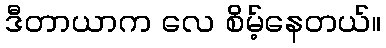
ဒီတာယာက လေ စိမ့်နေတယ်။